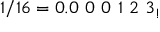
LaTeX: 1 / 1 6 = 0 . 0 \ 0 \ 0 \ 1 \ 2 \ 3 _ { ! }